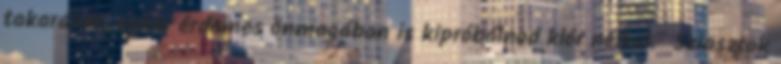
takarását, akkor érdemes önmagában is kipróbálnod klór nélkül." Sziasztok